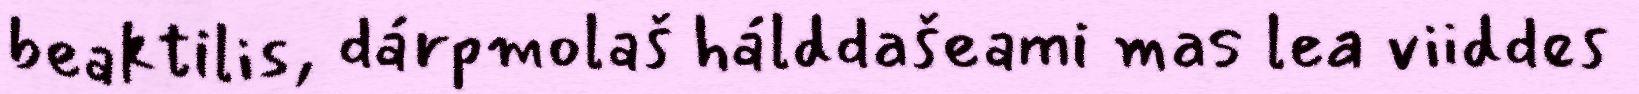
beaktilis, dárpmolaš hálddašeami mas lea viiddes